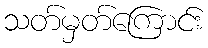
သတ်မှတ်ကြောင်း